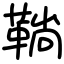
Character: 鞝